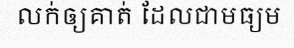
លក់ឲ្យគាត់ ដែលជាមធ្យម